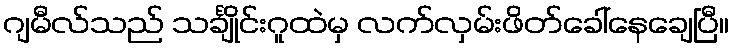
ဂျမီလ်သည် သင်္ချိုင်းဂူထဲမှ လက်လှမ်းဖိတ်ခေါ်နေချေပြီ။